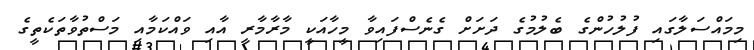
މިމައްސަލާގައި ފުލުހުންގެ ބެލުމުގެ ދަށަށް ގެނެސްފައިވާ މީހާއަކީ މާރާމާރީ އާއި ވައްކަމާއި މަސްތުވާތަކެތީގެ